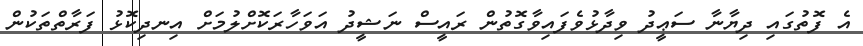
އެ ފޮތުގައި ދިޔާނާ ސަޢީދު ވިދާޅުވެފައިވާގޮތުން ރައީސް ނަޝީދު އަވަހާރަކޮށްލުމަށް އިނދިކޮޅު ފަރާތްތަކުން